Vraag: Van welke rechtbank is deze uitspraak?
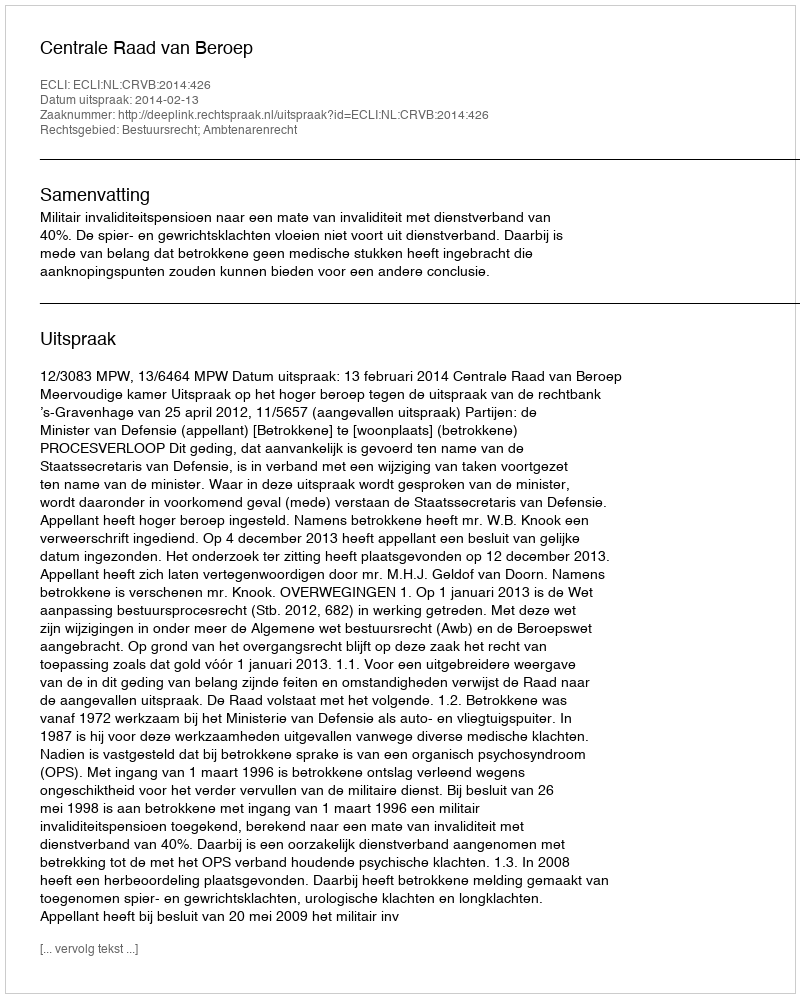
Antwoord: Centrale Raad van Beroep